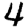
Digit: 4